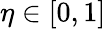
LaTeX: \eta\in[0,1]